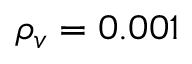
{ \rho _ { v } } = 0 . 0 0 1